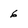
Character: 6